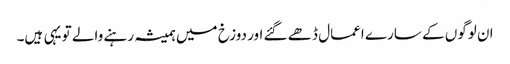
ان لوگوں کے سارے اعمال ڈھے گئے اور دوزخ میں ہمیشہ رہنے والے تو یہی ہیں۔